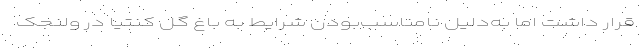
قرار داشت اما به‌دلیل نامناسب‌بودن شرایط به باغ گل کنتیا در ولنجک